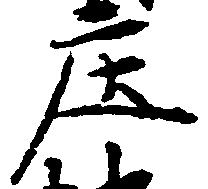
庄